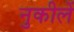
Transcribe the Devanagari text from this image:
नुकीलें